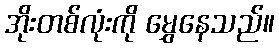
အိုးတစ်လုံးကို မွှေနေသည်။